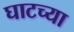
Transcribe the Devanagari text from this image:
घाटच्या